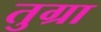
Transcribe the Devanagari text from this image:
तुग्रा